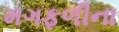
મગફળીના